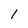
Character: 1